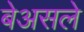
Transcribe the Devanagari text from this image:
बेअसले